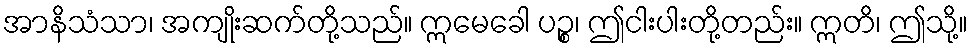
အာနိသံသာ၊ အကျိုးဆက်တို့သည်။ ဣမေခေါ ပဉ္စ၊ ဤငါးပါးတို့တည်း။ ဣတိ၊ ဤသို့။